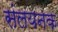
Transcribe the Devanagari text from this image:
संलयनक